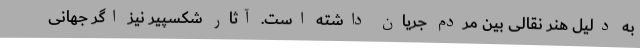
به دلیل هنر نقالی بین مردم جریان داشته است. آثار شکسپیر نیز اگر جهانی